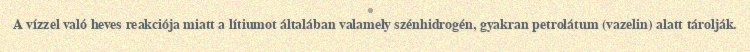
A vízzel való heves reakciója miatt a lítiumot általában valamely szénhidrogén, gyakran petrolátum (vazelin) alatt tárolják.